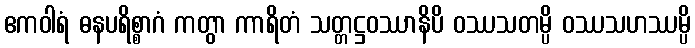
ဧကဝါရံ ဓနပရိစ္စာဂံ ကတွာ ကာရိတံ သတ္တဋ္ဌဝဿာနိပိ ဝဿသတမ္ပိ ဝဿသဟဿမ္ပိ